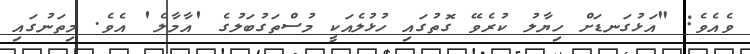
ވެއެވެ: "އަޅުގަނޑަށް ހިޔާލު ކުރެވޭ ގޮތުގައި ހުޅުލެއަކީ މުސްތަގުބަލުގެ 'އާމާލެ' އެވެ. މިތަނުގައި